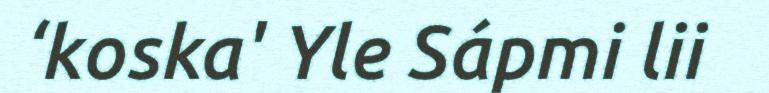
‘koska' Yle Sápmi lii